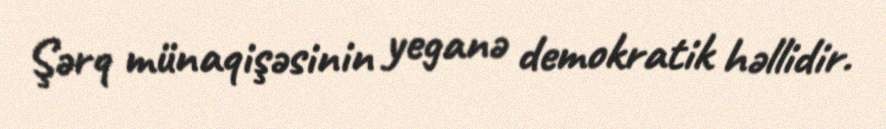
Şərq münaqişəsinin yeganə demokratik həllidir.